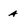
Character: a